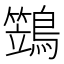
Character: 鷑